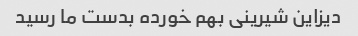
دیزاین شیرینی بهم خورده بدست ما رسید